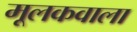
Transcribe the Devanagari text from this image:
मूलकवाला